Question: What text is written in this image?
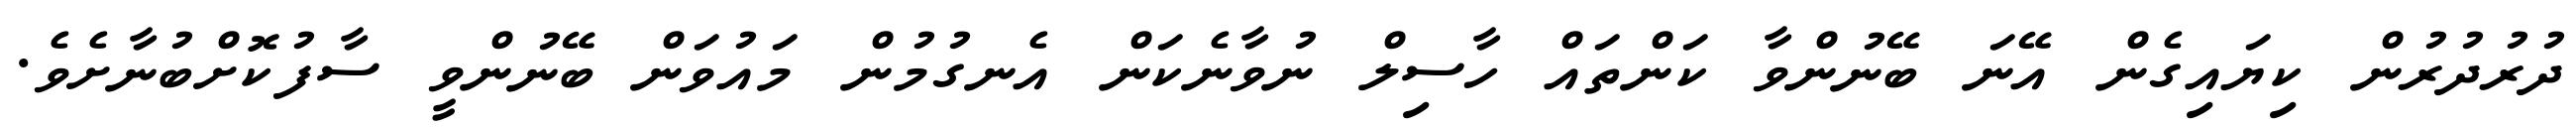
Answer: ދުރުދުރުން ކިޔައިގެން އޭނަ ބޭނުންވާ ކަންތައް ހާސިލް ނުވާނެކަން އެނގުމުން މައުވަން ބޭނުންވީ ސާފުކޮށްބުނާށެވެ.